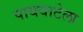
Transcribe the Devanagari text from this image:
पायवाटेला